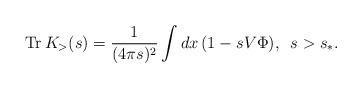
\begin{align*}{\rm Tr}\,K_{>}(s)=\frac{1}{(4\pi s)^{2}} \int dx\,(1-sV\Phi),\,\,\,s>s_{\ast }. \end{align*}